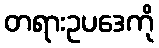
တရားဥပဒေကို